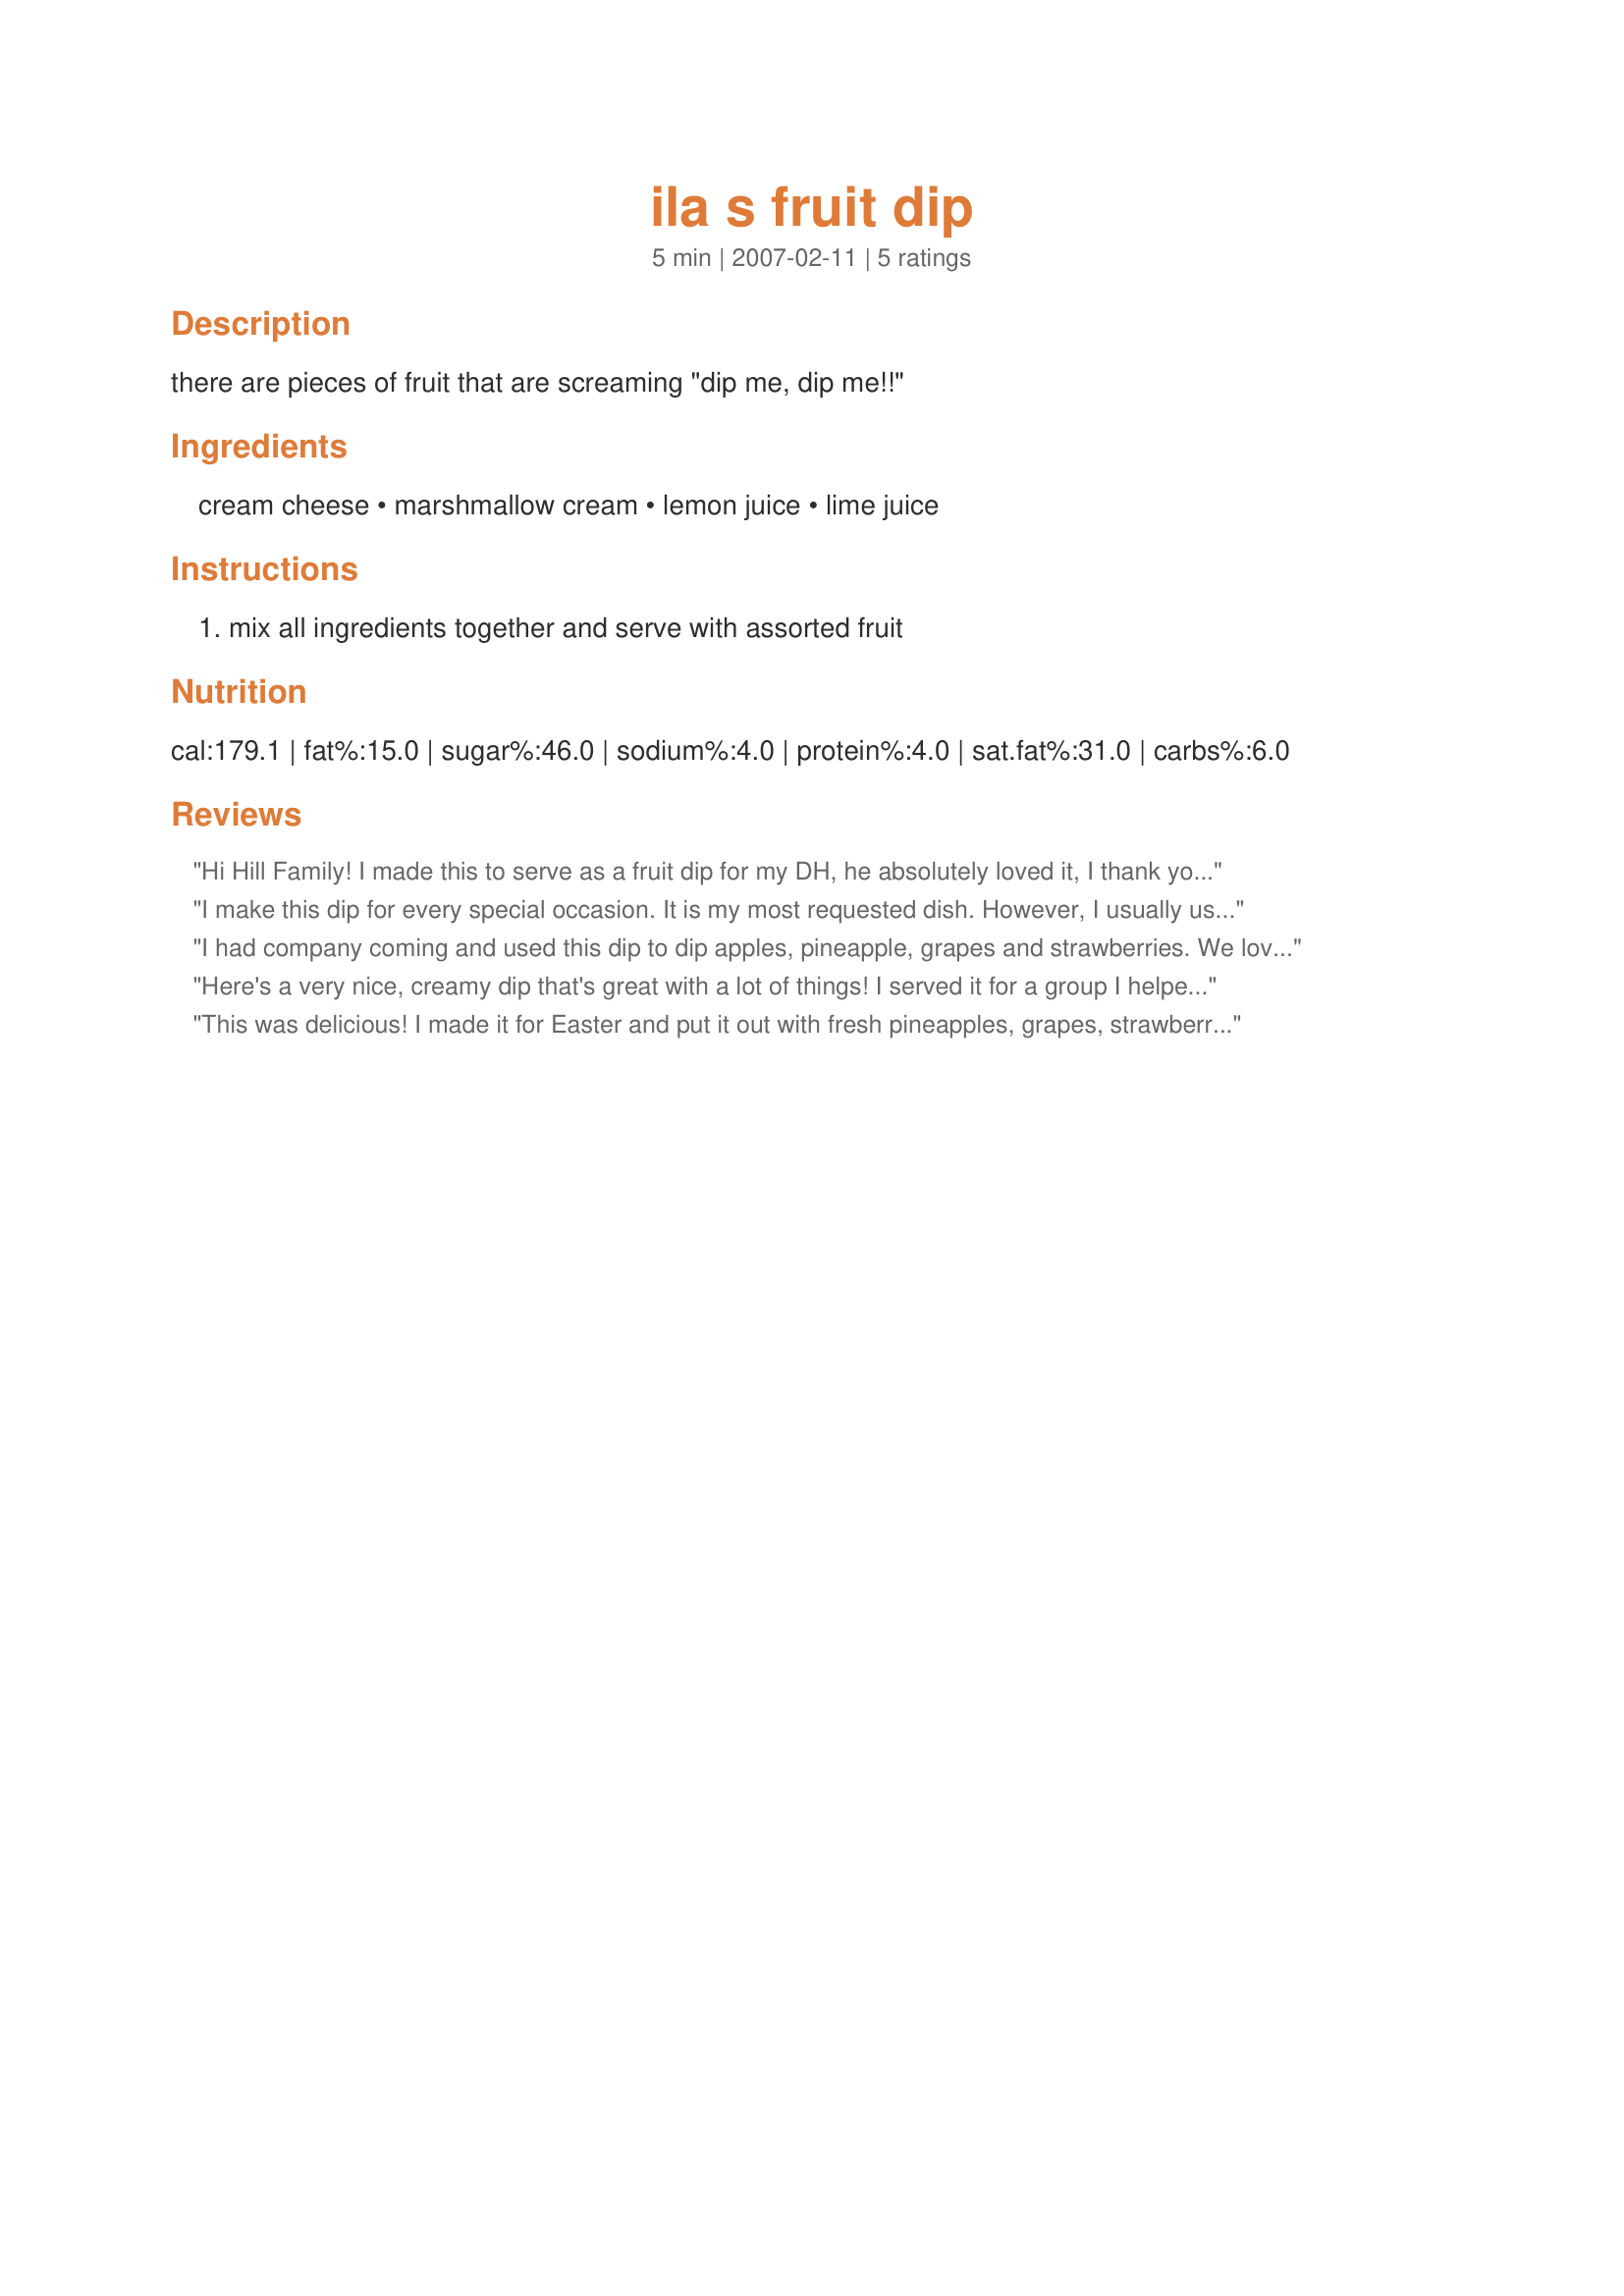
ila s fruit dip
Preparation time: 5 minutes

there are pieces of fruit that are screaming "dip me, dip me!!"

Ingredients:
cream cheese, marshmallow cream, lemon juice, lime juice

Steps:
mix all ingredients together and serve with assorted fruit

Reviews:
Hi Hill Family! I made this to serve as a fruit dip for my DH, he absolutely loved it, I thank you for sharing!...Kitten:)
I make this dip for every special occasion. It is my most requested dish. However, I usually use 1 tbsp. lime juice and no lemon juice. You can also do this with fresh lemon/lime and zest, but I like it with the bottled stuff, personally. Oh, and make sure you get the good marshmallow cream or you will have a HUGE mess. Just speaking from experience!
I had company coming and used this dip to dip apples, pineapple, grapes and strawberries. We loved it and so did my company! This is now a new member of my family favorites!
Here's a very nice, creamy dip that's great with a lot of things! I served it for a group I helped host, & everything was getting dipped into it ~ fruit or all kinds, pretzels, veggies(!) or all kinds, crackers, the works! I'd personally stick with fruits, but there's no accounting for anyone else's taste!! Thanks for sharing!
This was delicious! I made it for Easter and put it out with fresh pineapples, grapes, strawberries and apples. Everyone loved it especially my little girl. Thanks so much for sharing this yummy dip recipe! Made for Pick a Chef Spring 2009.
